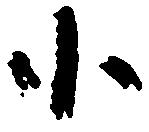
小